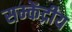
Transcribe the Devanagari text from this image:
सम्केंद्रीय